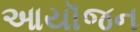
આયૉજન